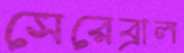
সেরেব্রাল